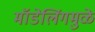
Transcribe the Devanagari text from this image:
मॉडेलिंगमुळे